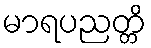
မာရပညတ္တိ